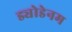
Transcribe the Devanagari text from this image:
ड्योडेनम